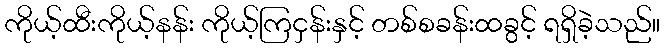
ကိုယ့်ထီးကိုယ့်နန်း ကိုယ့်ကြငှန်းနှင့် တစ်စခန်းထခွင့် ရရှိခဲ့သည်။